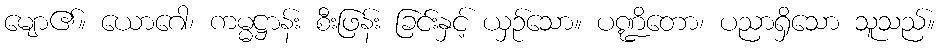
မျော၏။ ယောဂေါ၊ ကမ္မဋ္ဌာန်း စီးဖြန်း ခြင်းနှင့် ယှဉ်သော။ ပဏ္ဍိတော၊ ပညာရှိသော သူသည်။